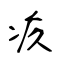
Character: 疚